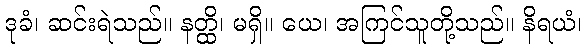
ဒုခံ၊ ဆင်းရဲသည်။ နတ္ထိ၊ မရှိ။ ယေ၊ အကြင်သူတို့သည်။ နိရယံ၊